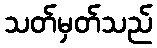
သတ်မှတ်သည်